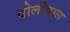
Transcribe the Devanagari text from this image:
वोलीबाल